Scottish Certificate of Education, 1963
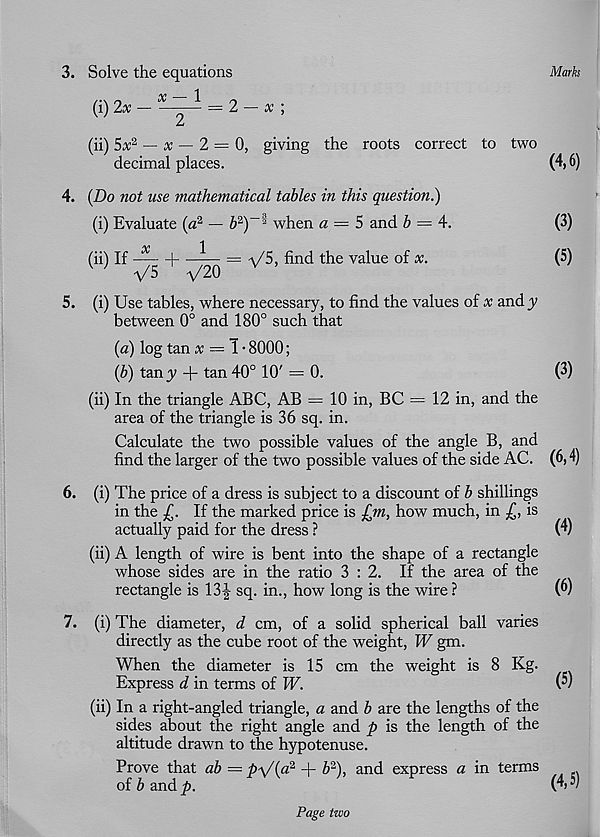
Mark
3. Solve the equations
(i) 2x - X -^- = 2 - x ;
w
2
(ii) 5x 2 — x — 2 = 0, giving the roots correct to two
decimal places.
4. {Do not use mathematical tables in this question.)
(i) Evaluate (a 2 — b 2 )~: 1 when a = 5 and 6 = 4.
x
1
(ii) If — +
v ;
V5
V20
= -\/5, find the value of x.
5.
(4,6)
(3)
(5)
(i) Use tables, where necessary, to find the values of x andy
between 0° and 180° such that
{a) log tan x = I • 8000;
(6) tany + tan 40° 10' = 0.
(ii) In the triangle ABC, AB = 10 in, BC = 12 in, and the
area of the triangle is 36 sq. in.
Calculate the two possible values of the angle B, and
find the larger of the two possible values of the side AC.
(i) The price of a dress is subject to a discount of b shillings
in the £. If the marked price is Jim, how much, in
is
actually paid for the dress ?
(ii) A length of wire is bent into the shape of a rectangle
whose sides are in the ratio 3:2. If the area of the
rectangle is 13-| sq. in., how long is the wire ?
(i) The diameter, d cm, of a solid spherical ball varies
directly as the cube root of the weight, W gm.
When the diameter is 15 cm the weight is 8 Kg.
Express d in terms of W.
(ii) In a right-angled triangle, a and b are the lengths of the
sides about the right angle and p is the length of the
altitude drawn to the hypotenuse.
Prove that ab — p\/(a 2 + b 2 ), and express a in terms
of b and p.
(3)
(6,4)
(4)
(6)
(5)
(4,5)
Page two